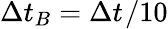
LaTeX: \Delta t_{B}=\Delta t_{}/10